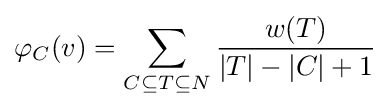
\varphi _{C}(v)=\sum _{C\subseteq T\subseteq N}{\frac {w(T)}{|T|-|C|+1}}